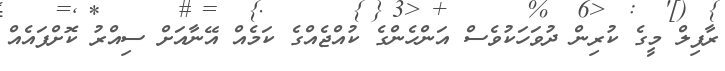
ރާފިލް މީގެ ކުރިން ދުވަހަކުވެސް އަންހެންގެ ކުއްޖެއްގެ ކަމެއް އޭނާއަށް ސިއްރު ކޮށްފައެއް